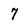
Character: 7